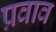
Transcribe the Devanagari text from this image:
प्रवाव